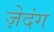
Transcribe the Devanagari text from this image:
ज़ेदंग